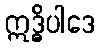
ဣဒ္ဓိပါဒေ